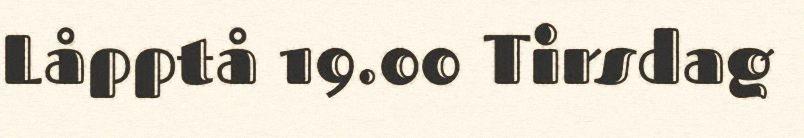
Låpptå 19.00 Tirsdag